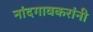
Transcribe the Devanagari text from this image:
नांदगावकरांनी